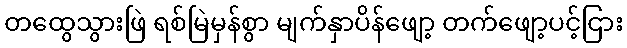
တထွေသွားဖြဲ ရစ်မြဲမှန်စွာ မျက်နှာပိန်ဖျော့ တက်ဖျော့ပင့်ငြား